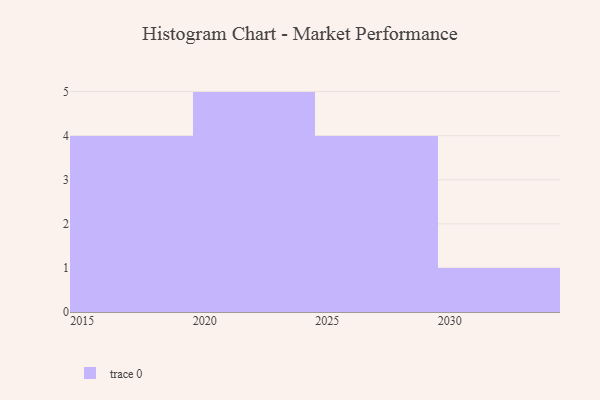
{"axis": {"x": "Year", "y": "Operating Costs (USD K)"}, "legend": [""], "data": [{"x": "2023", "y": 2, "type": ""}, {"x": "2025", "y": 60, "type": ""}, {"x": "2027", "y": 18, "type": ""}, {"x": "2024", "y": 55, "type": ""}, {"x": "2020", "y": 33, "type": ""}, {"x": "2018", "y": 28, "type": ""}, {"x": "2017", "y": 28, "type": ""}, {"x": "2029", "y": 72, "type": ""}, {"x": "2021", "y": 7, "type": ""}, {"x": "2030", "y": 53, "type": ""}, {"x": "2026", "y": 79, "type": ""}, {"x": "2019", "y": 63, "type": ""}, {"x": "2016", "y": 4, "type": ""}, {"x": "2022", "y": 15, "type": ""}]}